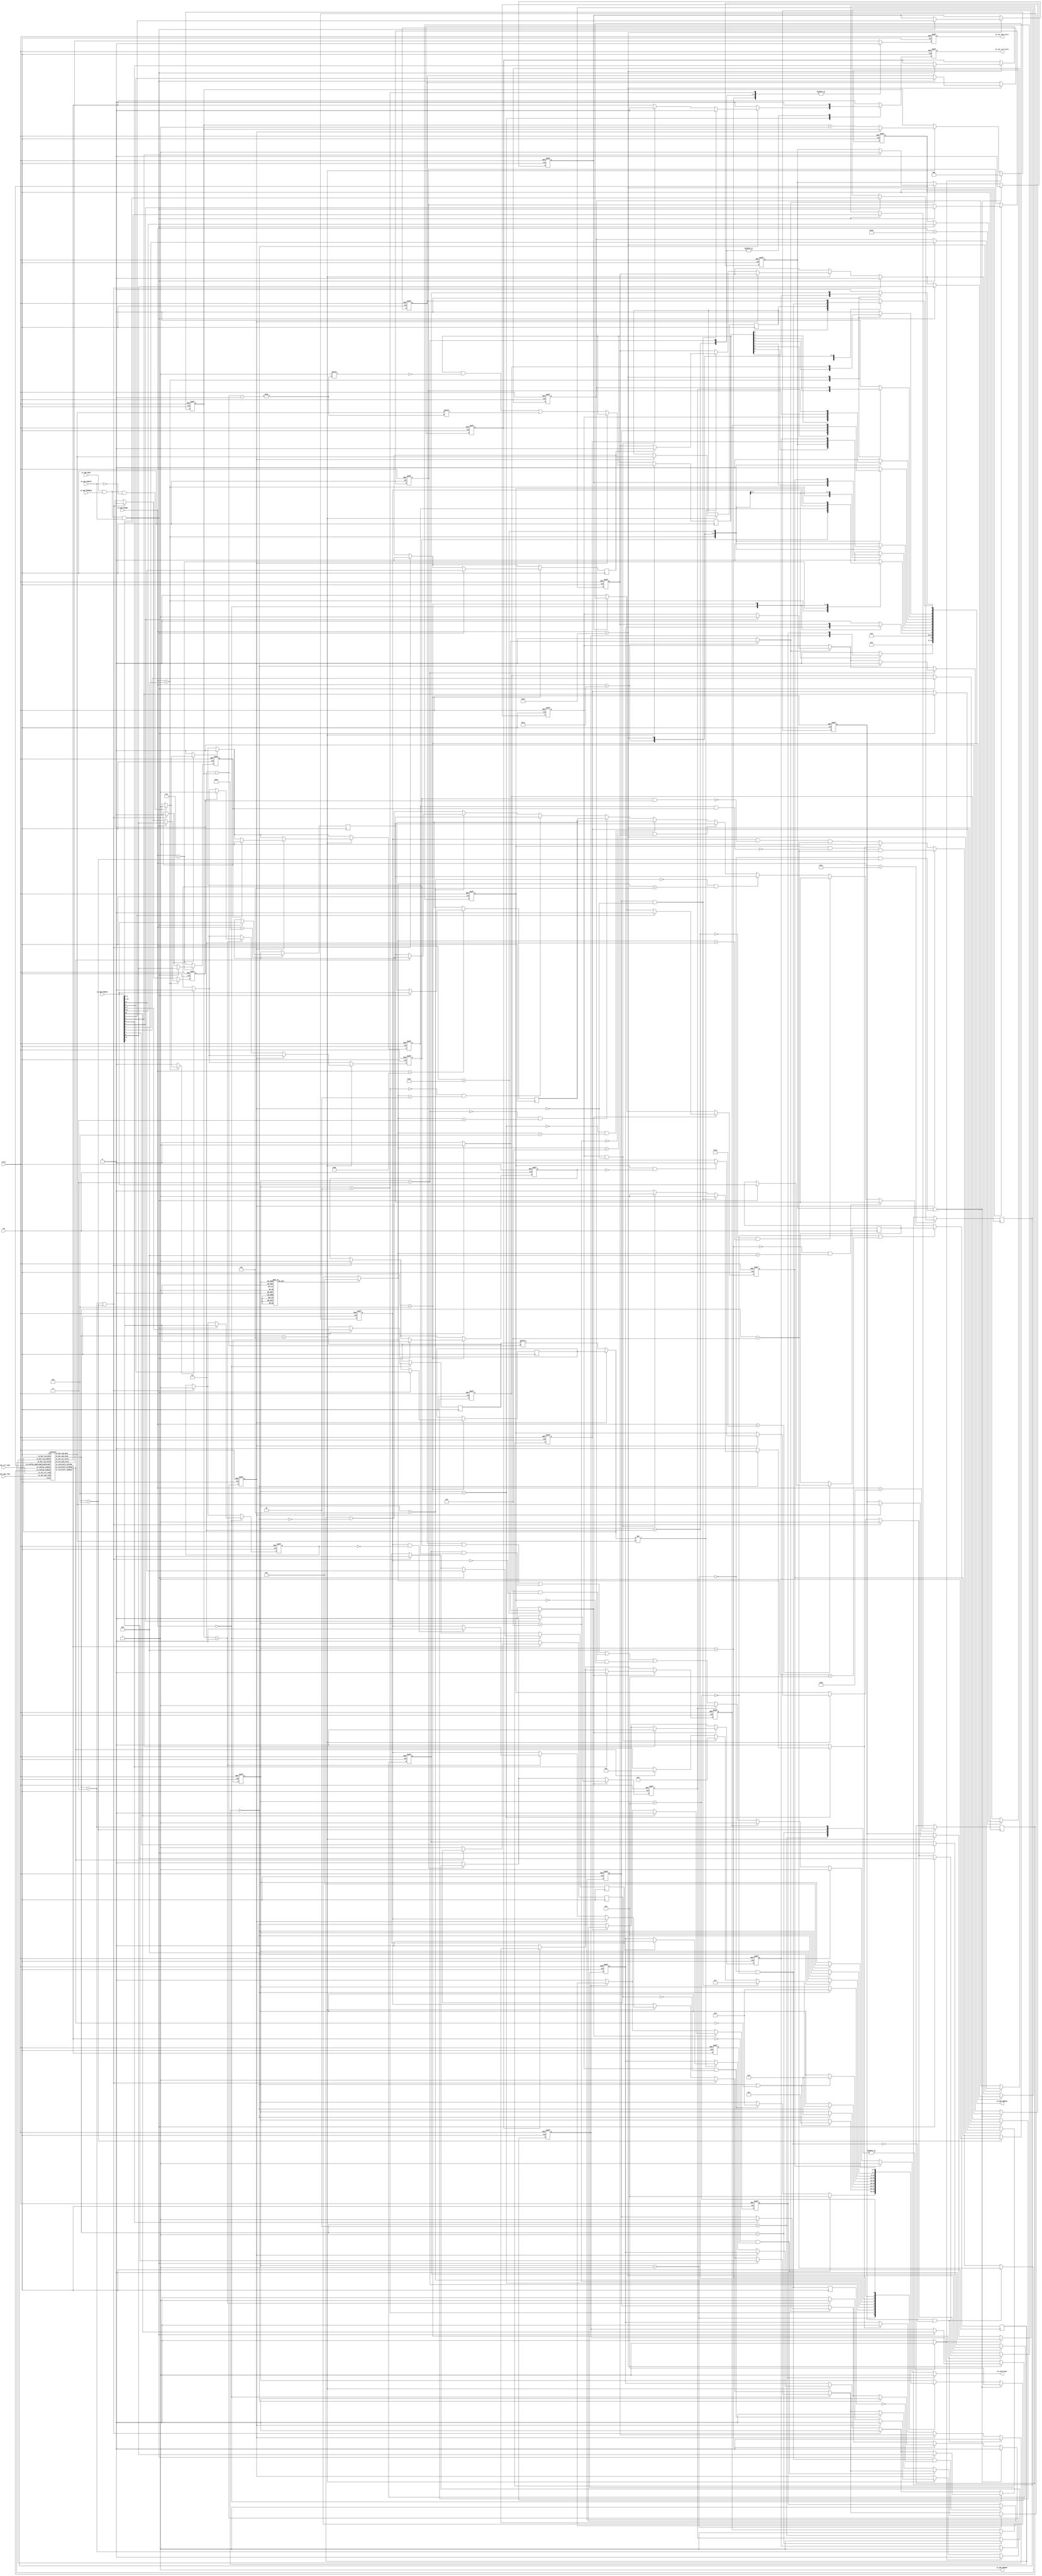
// Generator : SpinalHDL v1.4.3    git head : adf552d8f500e7419fff395b7049228e4bc5de26
// Component : Apb3I2cCtrl
// Git hash  : adf552d8f500e7419fff395b7049228e4bc5de26


`define I2cSlaveCmdMode_binary_sequential_type [2:0]
`define I2cSlaveCmdMode_binary_sequential_NONE 3'b000
`define I2cSlaveCmdMode_binary_sequential_START 3'b001
`define I2cSlaveCmdMode_binary_sequential_RESTART 3'b010
`define I2cSlaveCmdMode_binary_sequential_STOP 3'b011
`define I2cSlaveCmdMode_binary_sequential_DROP 3'b100
`define I2cSlaveCmdMode_binary_sequential_DRIVE 3'b101
`define I2cSlaveCmdMode_binary_sequential_READ 3'b110

`define bridge_masterLogic_fsm_enumDefinition_binary_sequential_type [3:0]
`define bridge_masterLogic_fsm_enumDefinition_binary_sequential_bridge_masterLogic_fsm_BOOT 4'b0000
`define bridge_masterLogic_fsm_enumDefinition_binary_sequential_bridge_masterLogic_fsm_IDLE 4'b0001
`define bridge_masterLogic_fsm_enumDefinition_binary_sequential_bridge_masterLogic_fsm_START1 4'b0010
`define bridge_masterLogic_fsm_enumDefinition_binary_sequential_bridge_masterLogic_fsm_START2 4'b0011
`define bridge_masterLogic_fsm_enumDefinition_binary_sequential_bridge_masterLogic_fsm_LOW 4'b0100
`define bridge_masterLogic_fsm_enumDefinition_binary_sequential_bridge_masterLogic_fsm_HIGH 4'b0101
`define bridge_masterLogic_fsm_enumDefinition_binary_sequential_bridge_masterLogic_fsm_RESTART 4'b0110
`define bridge_masterLogic_fsm_enumDefinition_binary_sequential_bridge_masterLogic_fsm_STOP1 4'b0111
`define bridge_masterLogic_fsm_enumDefinition_binary_sequential_bridge_masterLogic_fsm_STOP2 4'b1000
`define bridge_masterLogic_fsm_enumDefinition_binary_sequential_bridge_masterLogic_fsm_TBUF 4'b1001


module Apb3I2cCtrl (
  input      [7:0]    io_apb_PADDR,
  input      [0:0]    io_apb_PSEL,
  input               io_apb_PENABLE,
  output              io_apb_PREADY,
  input               io_apb_PWRITE,
  input      [31:0]   io_apb_PWDATA,
  output reg [31:0]   io_apb_PRDATA,
  output              io_i2c_sda_write,
  input               io_i2c_sda_read,
  output              io_i2c_scl_write,
  input               io_i2c_scl_read,
  output              io_interrupt,
  input               clk,
  input               reset
);
  reg                 _zz_14;
  reg                 _zz_15;
  reg                 _zz_16;
  wire                i2cCtrl_io_i2c_scl_write;
  wire                i2cCtrl_io_i2c_sda_write;
  wire       `I2cSlaveCmdMode_binary_sequential_type i2cCtrl_io_bus_cmd_kind;
  wire                i2cCtrl_io_bus_cmd_data;
  wire                i2cCtrl_io_internals_inFrame;
  wire                i2cCtrl_io_internals_sdaRead;
  wire                i2cCtrl_io_internals_sclRead;
  wire                _zz_17;
  wire                _zz_18;
  wire                _zz_19;
  wire                _zz_20;
  wire                _zz_21;
  wire                _zz_22;
  wire                _zz_23;
  wire                _zz_24;
  wire                _zz_25;
  wire       [0:0]    _zz_26;
  wire       [0:0]    _zz_27;
  wire       [0:0]    _zz_28;
  wire       [0:0]    _zz_29;
  wire       [0:0]    _zz_30;
  wire       [0:0]    _zz_31;
  wire       [0:0]    _zz_32;
  wire       [31:0]   _zz_33;
  wire       [2:0]    _zz_34;
  wire       [2:0]    _zz_35;
  wire       [0:0]    _zz_36;
  wire       [0:0]    _zz_37;
  wire       [0:0]    _zz_38;
  wire       [0:0]    _zz_39;
  wire       [0:0]    _zz_40;
  wire       [0:0]    _zz_41;
  wire       [0:0]    _zz_42;
  wire       [0:0]    _zz_43;
  wire       [0:0]    _zz_44;
  wire       [0:0]    _zz_45;
  wire       [0:0]    _zz_46;
  wire       [0:0]    _zz_47;
  wire       [0:0]    _zz_48;
  wire       [0:0]    _zz_49;
  wire       [0:0]    _zz_50;
  wire       [0:0]    _zz_51;
  wire       [0:0]    _zz_52;
  wire       [0:0]    _zz_53;
  wire       [0:0]    _zz_54;
  wire       [0:0]    _zz_55;
  wire       [0:0]    _zz_56;
  wire       [0:0]    _zz_57;
  wire       [0:0]    _zz_58;
  wire       [0:0]    _zz_59;
  wire       [0:0]    _zz_60;
  wire       [0:0]    _zz_61;
  wire       [0:0]    _zz_62;
  wire       [0:0]    _zz_63;
  wire       [0:0]    _zz_64;
  wire       [0:0]    _zz_65;
  wire                busCtrl_askWrite;
  wire                busCtrl_askRead;
  wire                busCtrl_doWrite;
  wire                busCtrl_doRead;
  reg                 bridge_frameReset;
  reg                 bridge_i2cBuffer_sda_write;
  wire                bridge_i2cBuffer_sda_read;
  reg                 bridge_i2cBuffer_scl_write;
  wire                bridge_i2cBuffer_scl_read;
  reg                 bridge_rxData_event;
  reg                 bridge_rxData_listen;
  reg                 bridge_rxData_valid;
  reg        [7:0]    bridge_rxData_value;
  reg                 _zz_1;
  reg                 bridge_rxAck_listen;
  reg                 bridge_rxAck_valid;
  reg                 bridge_rxAck_value;
  reg                 _zz_2;
  reg                 bridge_txData_valid;
  reg                 bridge_txData_repeat;
  reg                 bridge_txData_enable;
  reg        [7:0]    bridge_txData_value;
  reg                 bridge_txData_forceDisable;
  reg                 bridge_txData_disableOnDataConflict;
  reg                 bridge_txAck_valid;
  reg                 bridge_txAck_repeat;
  reg                 bridge_txAck_enable;
  reg                 bridge_txAck_value;
  wire                bridge_txAck_forceAck;
  reg                 bridge_txAck_disableOnDataConflict;
  reg                 bridge_masterLogic_start;
  reg                 _zz_3;
  reg                 bridge_masterLogic_stop;
  reg                 _zz_4;
  reg                 bridge_masterLogic_drop;
  reg                 _zz_5;
  reg        [31:0]   bridge_masterLogic_timer_value;
  reg        [31:0]   bridge_masterLogic_timer_tLow;
  reg        [31:0]   bridge_masterLogic_timer_tHigh;
  reg        [31:0]   bridge_masterLogic_timer_tBuf;
  wire                bridge_masterLogic_timer_done;
  wire                bridge_masterLogic_txReady;
  wire                bridge_masterLogic_fsm_wantExit;
  reg                 bridge_masterLogic_fsm_wantStart;
  reg                 bridge_masterLogic_fsm_inFrameLate;
  wire                bridge_masterLogic_fsm_isBusy;
  reg        [2:0]    bridge_dataCounter;
  reg                 bridge_inAckState;
  reg                 bridge_wasntAck;
  reg                 bridge_interruptCtrl_rxDataEnable;
  reg                 bridge_interruptCtrl_rxAckEnable;
  reg                 bridge_interruptCtrl_txDataEnable;
  reg                 bridge_interruptCtrl_txAckEnable;
  reg                 bridge_interruptCtrl_interrupt;
  reg                 bridge_interruptCtrl_start_enable;
  reg                 bridge_interruptCtrl_start_flag;
  reg                 _zz_6;
  reg                 bridge_interruptCtrl_restart_enable;
  reg                 bridge_interruptCtrl_restart_flag;
  reg                 _zz_7;
  reg                 bridge_interruptCtrl_end_enable;
  reg                 bridge_interruptCtrl_end_flag;
  reg                 _zz_8;
  reg                 bridge_interruptCtrl_drop_enable;
  reg                 bridge_interruptCtrl_drop_flag;
  reg                 _zz_9;
  reg                 bridge_masterLogic_fsm_isBusy_regNext;
  reg                 bridge_interruptCtrl_clockGen_enable;
  reg                 bridge_interruptCtrl_clockGen_flag;
  reg                 _zz_10;
  reg        [9:0]    _zz_11;
  reg        [19:0]   _zz_12 = 20'b00000000000000000000;
  reg        [5:0]    _zz_13 = 6'b000000;
  reg                 bridge_i2cBuffer_scl_write_regNext;
  reg                 bridge_i2cBuffer_sda_write_regNext;
  reg        `bridge_masterLogic_fsm_enumDefinition_binary_sequential_type bridge_masterLogic_fsm_stateReg;
  reg        `bridge_masterLogic_fsm_enumDefinition_binary_sequential_type bridge_masterLogic_fsm_stateNext;
  reg                 i2cCtrl_io_internals_inFrame_regNext;
  `ifndef SYNTHESIS
  reg [239:0] bridge_masterLogic_fsm_stateReg_string;
  reg [239:0] bridge_masterLogic_fsm_stateNext_string;
  `endif


  assign _zz_17 = (bridge_masterLogic_stop && (! bridge_inAckState));
  assign _zz_18 = (bridge_masterLogic_start && (! bridge_inAckState));
  assign _zz_19 = ((i2cCtrl_io_bus_cmd_kind == `I2cSlaveCmdMode_binary_sequential_STOP) || (i2cCtrl_io_bus_cmd_kind == `I2cSlaveCmdMode_binary_sequential_DROP));
  assign _zz_20 = (! bridge_inAckState);
  assign _zz_21 = (bridge_wasntAck && (! bridge_masterLogic_fsm_isBusy));
  assign _zz_22 = ((! i2cCtrl_io_internals_inFrame) && i2cCtrl_io_internals_inFrame_regNext);
  assign _zz_23 = (bridge_masterLogic_start && (! bridge_masterLogic_fsm_inFrameLate));
  assign _zz_24 = (bridge_masterLogic_drop || ((! (bridge_masterLogic_fsm_stateReg == `bridge_masterLogic_fsm_enumDefinition_binary_sequential_bridge_masterLogic_fsm_IDLE)) && (i2cCtrl_io_bus_cmd_kind == `I2cSlaveCmdMode_binary_sequential_DROP)));
  assign _zz_25 = (! bridge_inAckState);
  assign _zz_26 = io_apb_PWDATA[4 : 4];
  assign _zz_27 = 1'b1;
  assign _zz_28 = io_apb_PWDATA[5 : 5];
  assign _zz_29 = 1'b1;
  assign _zz_30 = io_apb_PWDATA[6 : 6];
  assign _zz_31 = 1'b1;
  assign _zz_32 = (! bridge_masterLogic_timer_done);
  assign _zz_33 = {31'd0, _zz_32};
  assign _zz_34 = (3'b111 - bridge_dataCounter);
  assign _zz_35 = (3'b111 - bridge_dataCounter);
  assign _zz_36 = io_apb_PWDATA[4 : 4];
  assign _zz_37 = 1'b0;
  assign _zz_38 = io_apb_PWDATA[5 : 5];
  assign _zz_39 = 1'b0;
  assign _zz_40 = io_apb_PWDATA[6 : 6];
  assign _zz_41 = 1'b0;
  assign _zz_42 = io_apb_PWDATA[7 : 7];
  assign _zz_43 = 1'b0;
  assign _zz_44 = io_apb_PWDATA[16 : 16];
  assign _zz_45 = 1'b0;
  assign _zz_46 = io_apb_PWDATA[9 : 9];
  assign _zz_47 = io_apb_PWDATA[9 : 9];
  assign _zz_48 = io_apb_PWDATA[10 : 10];
  assign _zz_49 = io_apb_PWDATA[11 : 11];
  assign _zz_50 = io_apb_PWDATA[8 : 8];
  assign _zz_51 = io_apb_PWDATA[9 : 9];
  assign _zz_52 = io_apb_PWDATA[0 : 0];
  assign _zz_53 = io_apb_PWDATA[10 : 10];
  assign _zz_54 = io_apb_PWDATA[11 : 11];
  assign _zz_55 = io_apb_PWDATA[8 : 8];
  assign _zz_56 = io_apb_PWDATA[9 : 9];
  assign _zz_57 = io_apb_PWDATA[0 : 0];
  assign _zz_58 = io_apb_PWDATA[1 : 1];
  assign _zz_59 = io_apb_PWDATA[2 : 2];
  assign _zz_60 = io_apb_PWDATA[3 : 3];
  assign _zz_61 = io_apb_PWDATA[4 : 4];
  assign _zz_62 = io_apb_PWDATA[5 : 5];
  assign _zz_63 = io_apb_PWDATA[6 : 6];
  assign _zz_64 = io_apb_PWDATA[7 : 7];
  assign _zz_65 = io_apb_PWDATA[16 : 16];
  I2cSlave i2cCtrl (
    .io_i2c_sda_write                  (i2cCtrl_io_i2c_sda_write      ), //o
    .io_i2c_sda_read                   (bridge_i2cBuffer_sda_read     ), //i
    .io_i2c_scl_write                  (i2cCtrl_io_i2c_scl_write      ), //o
    .io_i2c_scl_read                   (bridge_i2cBuffer_scl_read     ), //i
    .io_config_samplingClockDivider    (_zz_11[9:0]                   ), //i
    .io_config_timeout                 (_zz_12[19:0]                  ), //i
    .io_config_tsuData                 (_zz_13[5:0]                   ), //i
    .io_bus_cmd_kind                   (i2cCtrl_io_bus_cmd_kind[2:0]  ), //o
    .io_bus_cmd_data                   (i2cCtrl_io_bus_cmd_data       ), //o
    .io_bus_rsp_valid                  (_zz_14                        ), //i
    .io_bus_rsp_enable                 (_zz_15                        ), //i
    .io_bus_rsp_data                   (_zz_16                        ), //i
    .io_internals_inFrame              (i2cCtrl_io_internals_inFrame  ), //o
    .io_internals_sdaRead              (i2cCtrl_io_internals_sdaRead  ), //o
    .io_internals_sclRead              (i2cCtrl_io_internals_sclRead  ), //o
    .clk                               (clk                           ), //i
    .reset                             (reset                         )  //i
  );
  `ifndef SYNTHESIS
  always @(*) begin
    case(bridge_masterLogic_fsm_stateReg)
      `bridge_masterLogic_fsm_enumDefinition_binary_sequential_bridge_masterLogic_fsm_BOOT : bridge_masterLogic_fsm_stateReg_string = "bridge_masterLogic_fsm_BOOT   ";
      `bridge_masterLogic_fsm_enumDefinition_binary_sequential_bridge_masterLogic_fsm_IDLE : bridge_masterLogic_fsm_stateReg_string = "bridge_masterLogic_fsm_IDLE   ";
      `bridge_masterLogic_fsm_enumDefinition_binary_sequential_bridge_masterLogic_fsm_START1 : bridge_masterLogic_fsm_stateReg_string = "bridge_masterLogic_fsm_START1 ";
      `bridge_masterLogic_fsm_enumDefinition_binary_sequential_bridge_masterLogic_fsm_START2 : bridge_masterLogic_fsm_stateReg_string = "bridge_masterLogic_fsm_START2 ";
      `bridge_masterLogic_fsm_enumDefinition_binary_sequential_bridge_masterLogic_fsm_LOW : bridge_masterLogic_fsm_stateReg_string = "bridge_masterLogic_fsm_LOW    ";
      `bridge_masterLogic_fsm_enumDefinition_binary_sequential_bridge_masterLogic_fsm_HIGH : bridge_masterLogic_fsm_stateReg_string = "bridge_masterLogic_fsm_HIGH   ";
      `bridge_masterLogic_fsm_enumDefinition_binary_sequential_bridge_masterLogic_fsm_RESTART : bridge_masterLogic_fsm_stateReg_string = "bridge_masterLogic_fsm_RESTART";
      `bridge_masterLogic_fsm_enumDefinition_binary_sequential_bridge_masterLogic_fsm_STOP1 : bridge_masterLogic_fsm_stateReg_string = "bridge_masterLogic_fsm_STOP1  ";
      `bridge_masterLogic_fsm_enumDefinition_binary_sequential_bridge_masterLogic_fsm_STOP2 : bridge_masterLogic_fsm_stateReg_string = "bridge_masterLogic_fsm_STOP2  ";
      `bridge_masterLogic_fsm_enumDefinition_binary_sequential_bridge_masterLogic_fsm_TBUF : bridge_masterLogic_fsm_stateReg_string = "bridge_masterLogic_fsm_TBUF   ";
      default : bridge_masterLogic_fsm_stateReg_string = "??????????????????????????????";
    endcase
  end
  always @(*) begin
    case(bridge_masterLogic_fsm_stateNext)
      `bridge_masterLogic_fsm_enumDefinition_binary_sequential_bridge_masterLogic_fsm_BOOT : bridge_masterLogic_fsm_stateNext_string = "bridge_masterLogic_fsm_BOOT   ";
      `bridge_masterLogic_fsm_enumDefinition_binary_sequential_bridge_masterLogic_fsm_IDLE : bridge_masterLogic_fsm_stateNext_string = "bridge_masterLogic_fsm_IDLE   ";
      `bridge_masterLogic_fsm_enumDefinition_binary_sequential_bridge_masterLogic_fsm_START1 : bridge_masterLogic_fsm_stateNext_string = "bridge_masterLogic_fsm_START1 ";
      `bridge_masterLogic_fsm_enumDefinition_binary_sequential_bridge_masterLogic_fsm_START2 : bridge_masterLogic_fsm_stateNext_string = "bridge_masterLogic_fsm_START2 ";
      `bridge_masterLogic_fsm_enumDefinition_binary_sequential_bridge_masterLogic_fsm_LOW : bridge_masterLogic_fsm_stateNext_string = "bridge_masterLogic_fsm_LOW    ";
      `bridge_masterLogic_fsm_enumDefinition_binary_sequential_bridge_masterLogic_fsm_HIGH : bridge_masterLogic_fsm_stateNext_string = "bridge_masterLogic_fsm_HIGH   ";
      `bridge_masterLogic_fsm_enumDefinition_binary_sequential_bridge_masterLogic_fsm_RESTART : bridge_masterLogic_fsm_stateNext_string = "bridge_masterLogic_fsm_RESTART";
      `bridge_masterLogic_fsm_enumDefinition_binary_sequential_bridge_masterLogic_fsm_STOP1 : bridge_masterLogic_fsm_stateNext_string = "bridge_masterLogic_fsm_STOP1  ";
      `bridge_masterLogic_fsm_enumDefinition_binary_sequential_bridge_masterLogic_fsm_STOP2 : bridge_masterLogic_fsm_stateNext_string = "bridge_masterLogic_fsm_STOP2  ";
      `bridge_masterLogic_fsm_enumDefinition_binary_sequential_bridge_masterLogic_fsm_TBUF : bridge_masterLogic_fsm_stateNext_string = "bridge_masterLogic_fsm_TBUF   ";
      default : bridge_masterLogic_fsm_stateNext_string = "??????????????????????????????";
    endcase
  end
  `endif

  assign io_apb_PREADY = 1'b1;
  always @ (*) begin
    io_apb_PRDATA = 32'h0;
    case(io_apb_PADDR)
      8'h08 : begin
        io_apb_PRDATA[8 : 8] = bridge_rxData_valid;
        io_apb_PRDATA[7 : 0] = bridge_rxData_value;
      end
      8'h0c : begin
        io_apb_PRDATA[8 : 8] = bridge_rxAck_valid;
        io_apb_PRDATA[0 : 0] = bridge_rxAck_value;
      end
      8'h0 : begin
        io_apb_PRDATA[8 : 8] = bridge_txData_valid;
        io_apb_PRDATA[9 : 9] = bridge_txData_enable;
      end
      8'h04 : begin
        io_apb_PRDATA[8 : 8] = bridge_txAck_valid;
        io_apb_PRDATA[9 : 9] = bridge_txAck_enable;
      end
      8'h40 : begin
        io_apb_PRDATA[4 : 4] = bridge_masterLogic_start;
        io_apb_PRDATA[5 : 5] = bridge_masterLogic_stop;
        io_apb_PRDATA[6 : 6] = bridge_masterLogic_drop;
        io_apb_PRDATA[0 : 0] = bridge_masterLogic_fsm_isBusy;
      end
      8'h20 : begin
        io_apb_PRDATA[0 : 0] = bridge_interruptCtrl_rxDataEnable;
        io_apb_PRDATA[1 : 1] = bridge_interruptCtrl_rxAckEnable;
        io_apb_PRDATA[2 : 2] = bridge_interruptCtrl_txDataEnable;
        io_apb_PRDATA[3 : 3] = bridge_interruptCtrl_txAckEnable;
        io_apb_PRDATA[4 : 4] = bridge_interruptCtrl_start_enable;
        io_apb_PRDATA[5 : 5] = bridge_interruptCtrl_restart_enable;
        io_apb_PRDATA[6 : 6] = bridge_interruptCtrl_end_enable;
        io_apb_PRDATA[7 : 7] = bridge_interruptCtrl_drop_enable;
        io_apb_PRDATA[16 : 16] = bridge_interruptCtrl_clockGen_enable;
      end
      8'h24 : begin
        io_apb_PRDATA[4 : 4] = bridge_interruptCtrl_start_flag;
        io_apb_PRDATA[5 : 5] = bridge_interruptCtrl_restart_flag;
        io_apb_PRDATA[6 : 6] = bridge_interruptCtrl_end_flag;
        io_apb_PRDATA[7 : 7] = bridge_interruptCtrl_drop_flag;
        io_apb_PRDATA[16 : 16] = bridge_interruptCtrl_clockGen_flag;
      end
      default : begin
      end
    endcase
  end

  assign busCtrl_askWrite = ((io_apb_PSEL[0] && io_apb_PENABLE) && io_apb_PWRITE);
  assign busCtrl_askRead = ((io_apb_PSEL[0] && io_apb_PENABLE) && (! io_apb_PWRITE));
  assign busCtrl_doWrite = (((io_apb_PSEL[0] && io_apb_PENABLE) && io_apb_PREADY) && io_apb_PWRITE);
  assign busCtrl_doRead = (((io_apb_PSEL[0] && io_apb_PENABLE) && io_apb_PREADY) && (! io_apb_PWRITE));
  always @ (*) begin
    bridge_frameReset = 1'b0;
    case(i2cCtrl_io_bus_cmd_kind)
      `I2cSlaveCmdMode_binary_sequential_START : begin
        bridge_frameReset = 1'b1;
      end
      `I2cSlaveCmdMode_binary_sequential_RESTART : begin
        bridge_frameReset = 1'b1;
      end
      `I2cSlaveCmdMode_binary_sequential_STOP : begin
        bridge_frameReset = 1'b1;
      end
      `I2cSlaveCmdMode_binary_sequential_DROP : begin
        bridge_frameReset = 1'b1;
      end
      default : begin
      end
    endcase
  end

  always @ (*) begin
    bridge_i2cBuffer_sda_write = i2cCtrl_io_i2c_sda_write;
    case(bridge_masterLogic_fsm_stateReg)
      `bridge_masterLogic_fsm_enumDefinition_binary_sequential_bridge_masterLogic_fsm_IDLE : begin
      end
      `bridge_masterLogic_fsm_enumDefinition_binary_sequential_bridge_masterLogic_fsm_START1 : begin
        bridge_i2cBuffer_sda_write = 1'b0;
      end
      `bridge_masterLogic_fsm_enumDefinition_binary_sequential_bridge_masterLogic_fsm_START2 : begin
        bridge_i2cBuffer_sda_write = 1'b0;
      end
      `bridge_masterLogic_fsm_enumDefinition_binary_sequential_bridge_masterLogic_fsm_LOW : begin
      end
      `bridge_masterLogic_fsm_enumDefinition_binary_sequential_bridge_masterLogic_fsm_HIGH : begin
      end
      `bridge_masterLogic_fsm_enumDefinition_binary_sequential_bridge_masterLogic_fsm_RESTART : begin
      end
      `bridge_masterLogic_fsm_enumDefinition_binary_sequential_bridge_masterLogic_fsm_STOP1 : begin
        bridge_i2cBuffer_sda_write = 1'b0;
      end
      `bridge_masterLogic_fsm_enumDefinition_binary_sequential_bridge_masterLogic_fsm_STOP2 : begin
        bridge_i2cBuffer_sda_write = 1'b0;
      end
      `bridge_masterLogic_fsm_enumDefinition_binary_sequential_bridge_masterLogic_fsm_TBUF : begin
      end
      default : begin
      end
    endcase
  end

  always @ (*) begin
    bridge_i2cBuffer_scl_write = i2cCtrl_io_i2c_scl_write;
    case(bridge_masterLogic_fsm_stateReg)
      `bridge_masterLogic_fsm_enumDefinition_binary_sequential_bridge_masterLogic_fsm_IDLE : begin
      end
      `bridge_masterLogic_fsm_enumDefinition_binary_sequential_bridge_masterLogic_fsm_START1 : begin
      end
      `bridge_masterLogic_fsm_enumDefinition_binary_sequential_bridge_masterLogic_fsm_START2 : begin
        bridge_i2cBuffer_scl_write = 1'b0;
      end
      `bridge_masterLogic_fsm_enumDefinition_binary_sequential_bridge_masterLogic_fsm_LOW : begin
        if(bridge_masterLogic_timer_done)begin
          if(_zz_17)begin
            bridge_i2cBuffer_scl_write = 1'b0;
          end else begin
            if(_zz_18)begin
              bridge_i2cBuffer_scl_write = 1'b0;
            end
          end
        end else begin
          bridge_i2cBuffer_scl_write = 1'b0;
        end
      end
      `bridge_masterLogic_fsm_enumDefinition_binary_sequential_bridge_masterLogic_fsm_HIGH : begin
      end
      `bridge_masterLogic_fsm_enumDefinition_binary_sequential_bridge_masterLogic_fsm_RESTART : begin
      end
      `bridge_masterLogic_fsm_enumDefinition_binary_sequential_bridge_masterLogic_fsm_STOP1 : begin
        bridge_i2cBuffer_scl_write = 1'b0;
      end
      `bridge_masterLogic_fsm_enumDefinition_binary_sequential_bridge_masterLogic_fsm_STOP2 : begin
      end
      `bridge_masterLogic_fsm_enumDefinition_binary_sequential_bridge_masterLogic_fsm_TBUF : begin
      end
      default : begin
      end
    endcase
  end

  always @ (*) begin
    _zz_1 = 1'b0;
    case(io_apb_PADDR)
      8'h08 : begin
        if(busCtrl_doRead)begin
          _zz_1 = 1'b1;
        end
      end
      default : begin
      end
    endcase
  end

  always @ (*) begin
    _zz_2 = 1'b0;
    case(io_apb_PADDR)
      8'h0c : begin
        if(busCtrl_doRead)begin
          _zz_2 = 1'b1;
        end
      end
      default : begin
      end
    endcase
  end

  always @ (*) begin
    bridge_txData_forceDisable = 1'b0;
    if(_zz_19)begin
      bridge_txData_forceDisable = 1'b0;
    end
    case(bridge_masterLogic_fsm_stateReg)
      `bridge_masterLogic_fsm_enumDefinition_binary_sequential_bridge_masterLogic_fsm_IDLE : begin
      end
      `bridge_masterLogic_fsm_enumDefinition_binary_sequential_bridge_masterLogic_fsm_START1 : begin
      end
      `bridge_masterLogic_fsm_enumDefinition_binary_sequential_bridge_masterLogic_fsm_START2 : begin
      end
      `bridge_masterLogic_fsm_enumDefinition_binary_sequential_bridge_masterLogic_fsm_LOW : begin
        if(bridge_masterLogic_timer_done)begin
          if(_zz_17)begin
            bridge_txData_forceDisable = 1'b1;
          end else begin
            if(_zz_18)begin
              bridge_txData_forceDisable = 1'b1;
            end
          end
        end
      end
      `bridge_masterLogic_fsm_enumDefinition_binary_sequential_bridge_masterLogic_fsm_HIGH : begin
      end
      `bridge_masterLogic_fsm_enumDefinition_binary_sequential_bridge_masterLogic_fsm_RESTART : begin
      end
      `bridge_masterLogic_fsm_enumDefinition_binary_sequential_bridge_masterLogic_fsm_STOP1 : begin
      end
      `bridge_masterLogic_fsm_enumDefinition_binary_sequential_bridge_masterLogic_fsm_STOP2 : begin
      end
      `bridge_masterLogic_fsm_enumDefinition_binary_sequential_bridge_masterLogic_fsm_TBUF : begin
      end
      default : begin
      end
    endcase
  end

  assign bridge_txAck_forceAck = 1'b0;
  always @ (*) begin
    _zz_3 = 1'b0;
    case(io_apb_PADDR)
      8'h40 : begin
        if(busCtrl_doWrite)begin
          _zz_3 = 1'b1;
        end
      end
      default : begin
      end
    endcase
  end

  always @ (*) begin
    _zz_4 = 1'b0;
    case(io_apb_PADDR)
      8'h40 : begin
        if(busCtrl_doWrite)begin
          _zz_4 = 1'b1;
        end
      end
      default : begin
      end
    endcase
  end

  always @ (*) begin
    _zz_5 = 1'b0;
    case(io_apb_PADDR)
      8'h40 : begin
        if(busCtrl_doWrite)begin
          _zz_5 = 1'b1;
        end
      end
      default : begin
      end
    endcase
  end

  assign bridge_masterLogic_timer_done = (bridge_masterLogic_timer_value == 32'h0);
  assign bridge_masterLogic_fsm_wantExit = 1'b0;
  always @ (*) begin
    bridge_masterLogic_fsm_wantStart = 1'b0;
    case(bridge_masterLogic_fsm_stateReg)
      `bridge_masterLogic_fsm_enumDefinition_binary_sequential_bridge_masterLogic_fsm_IDLE : begin
      end
      `bridge_masterLogic_fsm_enumDefinition_binary_sequential_bridge_masterLogic_fsm_START1 : begin
      end
      `bridge_masterLogic_fsm_enumDefinition_binary_sequential_bridge_masterLogic_fsm_START2 : begin
      end
      `bridge_masterLogic_fsm_enumDefinition_binary_sequential_bridge_masterLogic_fsm_LOW : begin
      end
      `bridge_masterLogic_fsm_enumDefinition_binary_sequential_bridge_masterLogic_fsm_HIGH : begin
      end
      `bridge_masterLogic_fsm_enumDefinition_binary_sequential_bridge_masterLogic_fsm_RESTART : begin
      end
      `bridge_masterLogic_fsm_enumDefinition_binary_sequential_bridge_masterLogic_fsm_STOP1 : begin
      end
      `bridge_masterLogic_fsm_enumDefinition_binary_sequential_bridge_masterLogic_fsm_STOP2 : begin
      end
      `bridge_masterLogic_fsm_enumDefinition_binary_sequential_bridge_masterLogic_fsm_TBUF : begin
      end
      default : begin
        bridge_masterLogic_fsm_wantStart = 1'b1;
      end
    endcase
  end

  assign bridge_masterLogic_fsm_isBusy = ((! (bridge_masterLogic_fsm_stateReg == `bridge_masterLogic_fsm_enumDefinition_binary_sequential_bridge_masterLogic_fsm_IDLE)) && (! (bridge_masterLogic_fsm_stateReg == `bridge_masterLogic_fsm_enumDefinition_binary_sequential_bridge_masterLogic_fsm_TBUF)));
  assign bridge_masterLogic_txReady = (bridge_inAckState ? bridge_txAck_valid : bridge_txData_valid);
  always @ (*) begin
    if(_zz_20)begin
      _zz_14 = ((bridge_txData_valid && (! (bridge_rxData_valid && bridge_rxData_listen))) && (i2cCtrl_io_bus_cmd_kind == `I2cSlaveCmdMode_binary_sequential_DRIVE));
      if(bridge_txData_forceDisable)begin
        _zz_14 = 1'b1;
      end
    end else begin
      _zz_14 = ((bridge_txAck_valid && (! (bridge_rxAck_valid && bridge_rxAck_listen))) && (i2cCtrl_io_bus_cmd_kind == `I2cSlaveCmdMode_binary_sequential_DRIVE));
      if(bridge_txAck_forceAck)begin
        _zz_14 = 1'b1;
      end
    end
    if(_zz_21)begin
      _zz_14 = (i2cCtrl_io_bus_cmd_kind == `I2cSlaveCmdMode_binary_sequential_DRIVE);
    end
  end

  always @ (*) begin
    if(_zz_20)begin
      _zz_15 = bridge_txData_enable;
      if(bridge_txData_forceDisable)begin
        _zz_15 = 1'b0;
      end
    end else begin
      _zz_15 = bridge_txAck_enable;
      if(bridge_txAck_forceAck)begin
        _zz_15 = 1'b1;
      end
    end
    if(_zz_21)begin
      _zz_15 = 1'b0;
    end
  end

  always @ (*) begin
    if(_zz_20)begin
      _zz_16 = bridge_txData_value[_zz_34];
    end else begin
      _zz_16 = bridge_txAck_value;
      if(bridge_txAck_forceAck)begin
        _zz_16 = 1'b0;
      end
    end
  end

  always @ (*) begin
    bridge_interruptCtrl_interrupt = ((((bridge_interruptCtrl_rxDataEnable && bridge_rxData_valid) || (bridge_interruptCtrl_rxAckEnable && bridge_rxAck_valid)) || (bridge_interruptCtrl_txDataEnable && (! bridge_txData_valid))) || (bridge_interruptCtrl_txAckEnable && (! bridge_txAck_valid)));
    if(bridge_interruptCtrl_start_flag)begin
      bridge_interruptCtrl_interrupt = 1'b1;
    end
    if(bridge_interruptCtrl_restart_flag)begin
      bridge_interruptCtrl_interrupt = 1'b1;
    end
    if(bridge_interruptCtrl_end_flag)begin
      bridge_interruptCtrl_interrupt = 1'b1;
    end
    if(bridge_interruptCtrl_drop_flag)begin
      bridge_interruptCtrl_interrupt = 1'b1;
    end
    if(bridge_interruptCtrl_clockGen_flag)begin
      bridge_interruptCtrl_interrupt = 1'b1;
    end
  end

  always @ (*) begin
    _zz_6 = 1'b0;
    case(io_apb_PADDR)
      8'h24 : begin
        if(busCtrl_doWrite)begin
          _zz_6 = 1'b1;
        end
      end
      default : begin
      end
    endcase
  end

  always @ (*) begin
    _zz_7 = 1'b0;
    case(io_apb_PADDR)
      8'h24 : begin
        if(busCtrl_doWrite)begin
          _zz_7 = 1'b1;
        end
      end
      default : begin
      end
    endcase
  end

  always @ (*) begin
    _zz_8 = 1'b0;
    case(io_apb_PADDR)
      8'h24 : begin
        if(busCtrl_doWrite)begin
          _zz_8 = 1'b1;
        end
      end
      default : begin
      end
    endcase
  end

  always @ (*) begin
    _zz_9 = 1'b0;
    case(io_apb_PADDR)
      8'h24 : begin
        if(busCtrl_doWrite)begin
          _zz_9 = 1'b1;
        end
      end
      default : begin
      end
    endcase
  end

  always @ (*) begin
    _zz_10 = 1'b0;
    case(io_apb_PADDR)
      8'h24 : begin
        if(busCtrl_doWrite)begin
          _zz_10 = 1'b1;
        end
      end
      default : begin
      end
    endcase
  end

  assign io_i2c_scl_write = bridge_i2cBuffer_scl_write_regNext;
  assign io_i2c_sda_write = bridge_i2cBuffer_sda_write_regNext;
  assign bridge_i2cBuffer_scl_read = io_i2c_scl_read;
  assign bridge_i2cBuffer_sda_read = io_i2c_sda_read;
  assign io_interrupt = bridge_interruptCtrl_interrupt;
  always @ (*) begin
    bridge_masterLogic_fsm_stateNext = bridge_masterLogic_fsm_stateReg;
    case(bridge_masterLogic_fsm_stateReg)
      `bridge_masterLogic_fsm_enumDefinition_binary_sequential_bridge_masterLogic_fsm_IDLE : begin
        if(_zz_22)begin
          bridge_masterLogic_fsm_stateNext = `bridge_masterLogic_fsm_enumDefinition_binary_sequential_bridge_masterLogic_fsm_TBUF;
        end else begin
          if(_zz_23)begin
            bridge_masterLogic_fsm_stateNext = `bridge_masterLogic_fsm_enumDefinition_binary_sequential_bridge_masterLogic_fsm_START1;
          end
        end
      end
      `bridge_masterLogic_fsm_enumDefinition_binary_sequential_bridge_masterLogic_fsm_START1 : begin
        if((bridge_masterLogic_timer_done || (! i2cCtrl_io_internals_sclRead)))begin
          bridge_masterLogic_fsm_stateNext = `bridge_masterLogic_fsm_enumDefinition_binary_sequential_bridge_masterLogic_fsm_START2;
        end
      end
      `bridge_masterLogic_fsm_enumDefinition_binary_sequential_bridge_masterLogic_fsm_START2 : begin
        if(bridge_masterLogic_timer_done)begin
          bridge_masterLogic_fsm_stateNext = `bridge_masterLogic_fsm_enumDefinition_binary_sequential_bridge_masterLogic_fsm_LOW;
        end
      end
      `bridge_masterLogic_fsm_enumDefinition_binary_sequential_bridge_masterLogic_fsm_LOW : begin
        if(bridge_masterLogic_timer_done)begin
          if(_zz_17)begin
            bridge_masterLogic_fsm_stateNext = `bridge_masterLogic_fsm_enumDefinition_binary_sequential_bridge_masterLogic_fsm_STOP1;
          end else begin
            if(_zz_18)begin
              bridge_masterLogic_fsm_stateNext = `bridge_masterLogic_fsm_enumDefinition_binary_sequential_bridge_masterLogic_fsm_RESTART;
            end else begin
              if(i2cCtrl_io_internals_sclRead)begin
                bridge_masterLogic_fsm_stateNext = `bridge_masterLogic_fsm_enumDefinition_binary_sequential_bridge_masterLogic_fsm_HIGH;
              end
            end
          end
        end
      end
      `bridge_masterLogic_fsm_enumDefinition_binary_sequential_bridge_masterLogic_fsm_HIGH : begin
        if((bridge_masterLogic_timer_done || (! i2cCtrl_io_internals_sclRead)))begin
          bridge_masterLogic_fsm_stateNext = `bridge_masterLogic_fsm_enumDefinition_binary_sequential_bridge_masterLogic_fsm_LOW;
        end
      end
      `bridge_masterLogic_fsm_enumDefinition_binary_sequential_bridge_masterLogic_fsm_RESTART : begin
        if(bridge_masterLogic_timer_done)begin
          bridge_masterLogic_fsm_stateNext = `bridge_masterLogic_fsm_enumDefinition_binary_sequential_bridge_masterLogic_fsm_START1;
        end
      end
      `bridge_masterLogic_fsm_enumDefinition_binary_sequential_bridge_masterLogic_fsm_STOP1 : begin
        if(bridge_masterLogic_timer_done)begin
          bridge_masterLogic_fsm_stateNext = `bridge_masterLogic_fsm_enumDefinition_binary_sequential_bridge_masterLogic_fsm_STOP2;
        end
      end
      `bridge_masterLogic_fsm_enumDefinition_binary_sequential_bridge_masterLogic_fsm_STOP2 : begin
        if(bridge_masterLogic_timer_done)begin
          bridge_masterLogic_fsm_stateNext = `bridge_masterLogic_fsm_enumDefinition_binary_sequential_bridge_masterLogic_fsm_TBUF;
        end
      end
      `bridge_masterLogic_fsm_enumDefinition_binary_sequential_bridge_masterLogic_fsm_TBUF : begin
        if(bridge_masterLogic_timer_done)begin
          bridge_masterLogic_fsm_stateNext = `bridge_masterLogic_fsm_enumDefinition_binary_sequential_bridge_masterLogic_fsm_IDLE;
        end
      end
      default : begin
      end
    endcase
    if(_zz_24)begin
      bridge_masterLogic_fsm_stateNext = `bridge_masterLogic_fsm_enumDefinition_binary_sequential_bridge_masterLogic_fsm_TBUF;
    end
    if(bridge_masterLogic_fsm_wantStart)begin
      bridge_masterLogic_fsm_stateNext = `bridge_masterLogic_fsm_enumDefinition_binary_sequential_bridge_masterLogic_fsm_IDLE;
    end
  end

  always @ (posedge clk or posedge reset) begin
    if (reset) begin
      bridge_rxData_event <= 1'b0;
      bridge_rxData_listen <= 1'b0;
      bridge_rxData_valid <= 1'b0;
      bridge_rxAck_listen <= 1'b0;
      bridge_rxAck_valid <= 1'b0;
      bridge_txData_valid <= 1'b1;
      bridge_txData_repeat <= 1'b1;
      bridge_txData_enable <= 1'b0;
      bridge_txAck_valid <= 1'b1;
      bridge_txAck_repeat <= 1'b1;
      bridge_txAck_enable <= 1'b0;
      bridge_masterLogic_start <= 1'b0;
      bridge_masterLogic_stop <= 1'b0;
      bridge_masterLogic_drop <= 1'b0;
      bridge_dataCounter <= 3'b000;
      bridge_inAckState <= 1'b0;
      bridge_wasntAck <= 1'b0;
      bridge_interruptCtrl_rxDataEnable <= 1'b0;
      bridge_interruptCtrl_rxAckEnable <= 1'b0;
      bridge_interruptCtrl_txDataEnable <= 1'b0;
      bridge_interruptCtrl_txAckEnable <= 1'b0;
      bridge_interruptCtrl_start_enable <= 1'b0;
      bridge_interruptCtrl_start_flag <= 1'b0;
      bridge_interruptCtrl_restart_enable <= 1'b0;
      bridge_interruptCtrl_restart_flag <= 1'b0;
      bridge_interruptCtrl_end_enable <= 1'b0;
      bridge_interruptCtrl_end_flag <= 1'b0;
      bridge_interruptCtrl_drop_enable <= 1'b0;
      bridge_interruptCtrl_drop_flag <= 1'b0;
      bridge_interruptCtrl_clockGen_enable <= 1'b0;
      bridge_interruptCtrl_clockGen_flag <= 1'b0;
      _zz_11 <= 10'h0;
      bridge_i2cBuffer_scl_write_regNext <= 1'b1;
      bridge_i2cBuffer_sda_write_regNext <= 1'b1;
      bridge_masterLogic_fsm_stateReg <= `bridge_masterLogic_fsm_enumDefinition_binary_sequential_bridge_masterLogic_fsm_BOOT;
    end else begin
      bridge_rxData_event <= 1'b0;
      if(_zz_1)begin
        bridge_rxData_valid <= 1'b0;
      end
      if(_zz_2)begin
        bridge_rxAck_valid <= 1'b0;
      end
      if(_zz_3)begin
        if(_zz_26[0])begin
          bridge_masterLogic_start <= _zz_27[0];
        end
      end
      if(_zz_4)begin
        if(_zz_28[0])begin
          bridge_masterLogic_stop <= _zz_29[0];
        end
      end
      if(_zz_5)begin
        if(_zz_30[0])begin
          bridge_masterLogic_drop <= _zz_31[0];
        end
      end
      case(i2cCtrl_io_bus_cmd_kind)
        `I2cSlaveCmdMode_binary_sequential_READ : begin
          if(_zz_25)begin
            bridge_dataCounter <= (bridge_dataCounter + 3'b001);
            if((_zz_16 != i2cCtrl_io_bus_cmd_data))begin
              if(bridge_txData_disableOnDataConflict)begin
                bridge_txData_enable <= 1'b0;
              end
              if(bridge_txAck_disableOnDataConflict)begin
                bridge_txAck_enable <= 1'b0;
              end
            end
            if((bridge_dataCounter == 3'b111))begin
              if(bridge_rxData_listen)begin
                bridge_rxData_valid <= 1'b1;
              end
              bridge_rxData_event <= 1'b1;
              bridge_inAckState <= 1'b1;
              if((bridge_txData_valid && (! bridge_txData_repeat)))begin
                bridge_txData_valid <= 1'b0;
              end
            end
          end else begin
            if(bridge_rxAck_listen)begin
              bridge_rxAck_valid <= 1'b1;
            end
            bridge_inAckState <= 1'b0;
            bridge_wasntAck <= i2cCtrl_io_bus_cmd_data;
            if((bridge_txAck_valid && (! bridge_txAck_repeat)))begin
              bridge_txAck_valid <= 1'b0;
            end
          end
        end
        default : begin
        end
      endcase
      if(bridge_frameReset)begin
        bridge_inAckState <= 1'b0;
        bridge_dataCounter <= 3'b000;
        bridge_wasntAck <= 1'b0;
      end
      if(_zz_19)begin
        bridge_txData_valid <= 1'b1;
        bridge_txData_enable <= 1'b0;
        bridge_txData_repeat <= 1'b1;
        bridge_txAck_valid <= 1'b1;
        bridge_txAck_enable <= 1'b0;
        bridge_txAck_repeat <= 1'b1;
        bridge_rxData_listen <= 1'b0;
        bridge_rxAck_listen <= 1'b0;
      end
      if((i2cCtrl_io_bus_cmd_kind == `I2cSlaveCmdMode_binary_sequential_START))begin
        bridge_interruptCtrl_start_flag <= 1'b1;
      end
      if((! bridge_interruptCtrl_start_enable))begin
        bridge_interruptCtrl_start_flag <= 1'b0;
      end
      if(_zz_6)begin
        if(_zz_36[0])begin
          bridge_interruptCtrl_start_flag <= _zz_37[0];
        end
      end
      if((i2cCtrl_io_bus_cmd_kind == `I2cSlaveCmdMode_binary_sequential_RESTART))begin
        bridge_interruptCtrl_restart_flag <= 1'b1;
      end
      if((! bridge_interruptCtrl_restart_enable))begin
        bridge_interruptCtrl_restart_flag <= 1'b0;
      end
      if(_zz_7)begin
        if(_zz_38[0])begin
          bridge_interruptCtrl_restart_flag <= _zz_39[0];
        end
      end
      if((i2cCtrl_io_bus_cmd_kind == `I2cSlaveCmdMode_binary_sequential_STOP))begin
        bridge_interruptCtrl_end_flag <= 1'b1;
      end
      if((! bridge_interruptCtrl_end_enable))begin
        bridge_interruptCtrl_end_flag <= 1'b0;
      end
      if(_zz_8)begin
        if(_zz_40[0])begin
          bridge_interruptCtrl_end_flag <= _zz_41[0];
        end
      end
      if((i2cCtrl_io_bus_cmd_kind == `I2cSlaveCmdMode_binary_sequential_DROP))begin
        bridge_interruptCtrl_drop_flag <= 1'b1;
      end
      if((! bridge_interruptCtrl_drop_enable))begin
        bridge_interruptCtrl_drop_flag <= 1'b0;
      end
      if(_zz_9)begin
        if(_zz_42[0])begin
          bridge_interruptCtrl_drop_flag <= _zz_43[0];
        end
      end
      if((bridge_masterLogic_fsm_isBusy && (! bridge_masterLogic_fsm_isBusy_regNext)))begin
        bridge_interruptCtrl_clockGen_flag <= 1'b1;
      end
      if((! bridge_interruptCtrl_clockGen_enable))begin
        bridge_interruptCtrl_clockGen_flag <= 1'b0;
      end
      if(_zz_10)begin
        if(_zz_44[0])begin
          bridge_interruptCtrl_clockGen_flag <= _zz_45[0];
        end
      end
      bridge_i2cBuffer_scl_write_regNext <= bridge_i2cBuffer_scl_write;
      bridge_i2cBuffer_sda_write_regNext <= bridge_i2cBuffer_sda_write;
      case(io_apb_PADDR)
        8'h08 : begin
          if(busCtrl_doWrite)begin
            bridge_rxData_listen <= _zz_46[0];
          end
        end
        8'h0c : begin
          if(busCtrl_doWrite)begin
            bridge_rxAck_listen <= _zz_47[0];
          end
        end
        8'h0 : begin
          if(busCtrl_doWrite)begin
            bridge_txData_repeat <= _zz_48[0];
            bridge_txData_valid <= _zz_50[0];
            bridge_txData_enable <= _zz_51[0];
          end
        end
        8'h04 : begin
          if(busCtrl_doWrite)begin
            bridge_txAck_repeat <= _zz_53[0];
            bridge_txAck_valid <= _zz_55[0];
            bridge_txAck_enable <= _zz_56[0];
          end
        end
        8'h20 : begin
          if(busCtrl_doWrite)begin
            bridge_interruptCtrl_rxDataEnable <= _zz_57[0];
            bridge_interruptCtrl_rxAckEnable <= _zz_58[0];
            bridge_interruptCtrl_txDataEnable <= _zz_59[0];
            bridge_interruptCtrl_txAckEnable <= _zz_60[0];
            bridge_interruptCtrl_start_enable <= _zz_61[0];
            bridge_interruptCtrl_restart_enable <= _zz_62[0];
            bridge_interruptCtrl_end_enable <= _zz_63[0];
            bridge_interruptCtrl_drop_enable <= _zz_64[0];
            bridge_interruptCtrl_clockGen_enable <= _zz_65[0];
          end
        end
        8'h28 : begin
          if(busCtrl_doWrite)begin
            _zz_11 <= io_apb_PWDATA[9 : 0];
          end
        end
        default : begin
        end
      endcase
      bridge_masterLogic_fsm_stateReg <= bridge_masterLogic_fsm_stateNext;
      case(bridge_masterLogic_fsm_stateReg)
        `bridge_masterLogic_fsm_enumDefinition_binary_sequential_bridge_masterLogic_fsm_IDLE : begin
          if(! _zz_22) begin
            if(_zz_23)begin
              bridge_txData_valid <= 1'b0;
            end
          end
        end
        `bridge_masterLogic_fsm_enumDefinition_binary_sequential_bridge_masterLogic_fsm_START1 : begin
        end
        `bridge_masterLogic_fsm_enumDefinition_binary_sequential_bridge_masterLogic_fsm_START2 : begin
          if(bridge_masterLogic_timer_done)begin
            bridge_masterLogic_start <= 1'b0;
          end
        end
        `bridge_masterLogic_fsm_enumDefinition_binary_sequential_bridge_masterLogic_fsm_LOW : begin
        end
        `bridge_masterLogic_fsm_enumDefinition_binary_sequential_bridge_masterLogic_fsm_HIGH : begin
        end
        `bridge_masterLogic_fsm_enumDefinition_binary_sequential_bridge_masterLogic_fsm_RESTART : begin
        end
        `bridge_masterLogic_fsm_enumDefinition_binary_sequential_bridge_masterLogic_fsm_STOP1 : begin
        end
        `bridge_masterLogic_fsm_enumDefinition_binary_sequential_bridge_masterLogic_fsm_STOP2 : begin
          if(bridge_masterLogic_timer_done)begin
            bridge_masterLogic_stop <= 1'b0;
          end
        end
        `bridge_masterLogic_fsm_enumDefinition_binary_sequential_bridge_masterLogic_fsm_TBUF : begin
        end
        default : begin
        end
      endcase
      if(_zz_24)begin
        bridge_masterLogic_start <= 1'b0;
        bridge_masterLogic_stop <= 1'b0;
        bridge_masterLogic_drop <= 1'b0;
      end
    end
  end

  always @ (posedge clk) begin
    bridge_masterLogic_timer_value <= (bridge_masterLogic_timer_value - _zz_33);
    if((! i2cCtrl_io_internals_sclRead))begin
      bridge_masterLogic_fsm_inFrameLate <= 1'b1;
    end
    if((! i2cCtrl_io_internals_inFrame))begin
      bridge_masterLogic_fsm_inFrameLate <= 1'b0;
    end
    case(i2cCtrl_io_bus_cmd_kind)
      `I2cSlaveCmdMode_binary_sequential_READ : begin
        if(_zz_25)begin
          bridge_rxData_value[_zz_35] <= i2cCtrl_io_bus_cmd_data;
        end else begin
          bridge_rxAck_value <= i2cCtrl_io_bus_cmd_data;
        end
      end
      default : begin
      end
    endcase
    if(_zz_19)begin
      bridge_txData_disableOnDataConflict <= 1'b0;
      bridge_txAck_disableOnDataConflict <= 1'b0;
    end
    bridge_masterLogic_fsm_isBusy_regNext <= bridge_masterLogic_fsm_isBusy;
    case(io_apb_PADDR)
      8'h0 : begin
        if(busCtrl_doWrite)begin
          bridge_txData_value <= io_apb_PWDATA[7 : 0];
          bridge_txData_disableOnDataConflict <= _zz_49[0];
        end
      end
      8'h04 : begin
        if(busCtrl_doWrite)begin
          bridge_txAck_value <= _zz_52[0];
          bridge_txAck_disableOnDataConflict <= _zz_54[0];
        end
      end
      8'h50 : begin
        if(busCtrl_doWrite)begin
          bridge_masterLogic_timer_tLow <= io_apb_PWDATA[31 : 0];
        end
      end
      8'h54 : begin
        if(busCtrl_doWrite)begin
          bridge_masterLogic_timer_tHigh <= io_apb_PWDATA[31 : 0];
        end
      end
      8'h58 : begin
        if(busCtrl_doWrite)begin
          bridge_masterLogic_timer_tBuf <= io_apb_PWDATA[31 : 0];
        end
      end
      8'h2c : begin
        if(busCtrl_doWrite)begin
          _zz_12 <= io_apb_PWDATA[19 : 0];
        end
      end
      8'h30 : begin
        if(busCtrl_doWrite)begin
          _zz_13 <= io_apb_PWDATA[5 : 0];
        end
      end
      default : begin
      end
    endcase
    case(bridge_masterLogic_fsm_stateReg)
      `bridge_masterLogic_fsm_enumDefinition_binary_sequential_bridge_masterLogic_fsm_IDLE : begin
      end
      `bridge_masterLogic_fsm_enumDefinition_binary_sequential_bridge_masterLogic_fsm_START1 : begin
      end
      `bridge_masterLogic_fsm_enumDefinition_binary_sequential_bridge_masterLogic_fsm_START2 : begin
      end
      `bridge_masterLogic_fsm_enumDefinition_binary_sequential_bridge_masterLogic_fsm_LOW : begin
      end
      `bridge_masterLogic_fsm_enumDefinition_binary_sequential_bridge_masterLogic_fsm_HIGH : begin
      end
      `bridge_masterLogic_fsm_enumDefinition_binary_sequential_bridge_masterLogic_fsm_RESTART : begin
        if((! i2cCtrl_io_internals_sclRead))begin
          bridge_masterLogic_timer_value <= bridge_masterLogic_timer_tHigh;
        end
      end
      `bridge_masterLogic_fsm_enumDefinition_binary_sequential_bridge_masterLogic_fsm_STOP1 : begin
      end
      `bridge_masterLogic_fsm_enumDefinition_binary_sequential_bridge_masterLogic_fsm_STOP2 : begin
      end
      `bridge_masterLogic_fsm_enumDefinition_binary_sequential_bridge_masterLogic_fsm_TBUF : begin
      end
      default : begin
      end
    endcase
    if(((! (bridge_masterLogic_fsm_stateReg == `bridge_masterLogic_fsm_enumDefinition_binary_sequential_bridge_masterLogic_fsm_START1)) && (bridge_masterLogic_fsm_stateNext == `bridge_masterLogic_fsm_enumDefinition_binary_sequential_bridge_masterLogic_fsm_START1)))begin
      bridge_masterLogic_timer_value <= bridge_masterLogic_timer_tHigh;
    end
    if(((! (bridge_masterLogic_fsm_stateReg == `bridge_masterLogic_fsm_enumDefinition_binary_sequential_bridge_masterLogic_fsm_START2)) && (bridge_masterLogic_fsm_stateNext == `bridge_masterLogic_fsm_enumDefinition_binary_sequential_bridge_masterLogic_fsm_START2)))begin
      bridge_masterLogic_timer_value <= bridge_masterLogic_timer_tLow;
    end
    if(((! (bridge_masterLogic_fsm_stateReg == `bridge_masterLogic_fsm_enumDefinition_binary_sequential_bridge_masterLogic_fsm_LOW)) && (bridge_masterLogic_fsm_stateNext == `bridge_masterLogic_fsm_enumDefinition_binary_sequential_bridge_masterLogic_fsm_LOW)))begin
      bridge_masterLogic_timer_value <= bridge_masterLogic_timer_tLow;
    end
    if(((! (bridge_masterLogic_fsm_stateReg == `bridge_masterLogic_fsm_enumDefinition_binary_sequential_bridge_masterLogic_fsm_HIGH)) && (bridge_masterLogic_fsm_stateNext == `bridge_masterLogic_fsm_enumDefinition_binary_sequential_bridge_masterLogic_fsm_HIGH)))begin
      bridge_masterLogic_timer_value <= bridge_masterLogic_timer_tHigh;
    end
    if(((! (bridge_masterLogic_fsm_stateReg == `bridge_masterLogic_fsm_enumDefinition_binary_sequential_bridge_masterLogic_fsm_RESTART)) && (bridge_masterLogic_fsm_stateNext == `bridge_masterLogic_fsm_enumDefinition_binary_sequential_bridge_masterLogic_fsm_RESTART)))begin
      bridge_masterLogic_timer_value <= bridge_masterLogic_timer_tHigh;
    end
    if(((! (bridge_masterLogic_fsm_stateReg == `bridge_masterLogic_fsm_enumDefinition_binary_sequential_bridge_masterLogic_fsm_STOP1)) && (bridge_masterLogic_fsm_stateNext == `bridge_masterLogic_fsm_enumDefinition_binary_sequential_bridge_masterLogic_fsm_STOP1)))begin
      bridge_masterLogic_timer_value <= bridge_masterLogic_timer_tHigh;
    end
    if(((! (bridge_masterLogic_fsm_stateReg == `bridge_masterLogic_fsm_enumDefinition_binary_sequential_bridge_masterLogic_fsm_STOP2)) && (bridge_masterLogic_fsm_stateNext == `bridge_masterLogic_fsm_enumDefinition_binary_sequential_bridge_masterLogic_fsm_STOP2)))begin
      bridge_masterLogic_timer_value <= bridge_masterLogic_timer_tHigh;
    end
    if(((! (bridge_masterLogic_fsm_stateReg == `bridge_masterLogic_fsm_enumDefinition_binary_sequential_bridge_masterLogic_fsm_TBUF)) && (bridge_masterLogic_fsm_stateNext == `bridge_masterLogic_fsm_enumDefinition_binary_sequential_bridge_masterLogic_fsm_TBUF)))begin
      bridge_masterLogic_timer_value <= bridge_masterLogic_timer_tBuf;
    end
  end

  always @ (posedge clk or posedge reset) begin
    if (reset) begin
      i2cCtrl_io_internals_inFrame_regNext <= 1'b0;
    end else begin
      i2cCtrl_io_internals_inFrame_regNext <= i2cCtrl_io_internals_inFrame;
    end
  end


endmodule

module I2cSlave (
  output              io_i2c_sda_write,
  input               io_i2c_sda_read,
  output              io_i2c_scl_write,
  input               io_i2c_scl_read,
  input      [9:0]    io_config_samplingClockDivider,
  input      [19:0]   io_config_timeout,
  input      [5:0]    io_config_tsuData,
  output reg `I2cSlaveCmdMode_binary_sequential_type io_bus_cmd_kind,
  output              io_bus_cmd_data,
  input               io_bus_rsp_valid,
  input               io_bus_rsp_enable,
  input               io_bus_rsp_data,
  output              io_internals_inFrame,
  output              io_internals_sdaRead,
  output              io_internals_sclRead,
  input               clk,
  input               reset
);
  wire                io_i2c_scl_read_buffercc_io_dataOut;
  wire                io_i2c_sda_read_buffercc_io_dataOut;
  wire                _zz_7;
  wire                _zz_8;
  reg        [9:0]    filter_timer_counter;
  wire                filter_timer_tick;
  wire                filter_sampler_sclSync;
  wire                filter_sampler_sdaSync;
  wire                filter_sampler_sclSamples_0;
  wire                filter_sampler_sclSamples_1;
  wire                filter_sampler_sclSamples_2;
  wire                _zz_1;
  reg                 _zz_2;
  reg                 _zz_3;
  wire                filter_sampler_sdaSamples_0;
  wire                filter_sampler_sdaSamples_1;
  wire                filter_sampler_sdaSamples_2;
  wire                _zz_4;
  reg                 _zz_5;
  reg                 _zz_6;
  reg                 filter_sda;
  reg                 filter_scl;
  wire                sclEdge_rise;
  wire                sclEdge_fall;
  wire                sclEdge_toggle;
  reg                 filter_scl_regNext;
  wire                sdaEdge_rise;
  wire                sdaEdge_fall;
  wire                sdaEdge_toggle;
  reg                 filter_sda_regNext;
  wire                detector_start;
  wire                detector_stop;
  reg        [5:0]    tsuData_counter;
  wire                tsuData_done;
  reg                 tsuData_reset;
  reg                 ctrl_inFrame;
  reg                 ctrl_inFrameData;
  reg                 ctrl_sdaWrite;
  reg                 ctrl_sclWrite;
  wire                ctrl_rspBufferIn_valid;
  wire                ctrl_rspBufferIn_ready;
  wire                ctrl_rspBufferIn_payload_enable;
  wire                ctrl_rspBufferIn_payload_data;
  wire                ctrl_rspBuffer_valid;
  reg                 ctrl_rspBuffer_ready;
  wire                ctrl_rspBuffer_payload_enable;
  wire                ctrl_rspBuffer_payload_data;
  reg                 ctrl_rspBufferIn_m2sPipe_rValid;
  reg                 ctrl_rspBufferIn_m2sPipe_rData_enable;
  reg                 ctrl_rspBufferIn_m2sPipe_rData_data;
  wire                ctrl_rspAhead_valid;
  wire                ctrl_rspAhead_payload_enable;
  wire                ctrl_rspAhead_payload_data;
  reg        [19:0]   timeout_counter;
  reg                 timeout_tick;
  `ifndef SYNTHESIS
  reg [55:0] io_bus_cmd_kind_string;
  `endif


  assign _zz_7 = (detector_stop || timeout_tick);
  assign _zz_8 = (sclEdge_toggle || (! ctrl_inFrame));
  BufferCC io_i2c_scl_read_buffercc (
    .io_dataIn     (io_i2c_scl_read                      ), //i
    .io_dataOut    (io_i2c_scl_read_buffercc_io_dataOut  ), //o
    .clk           (clk                                  ), //i
    .reset         (reset                                )  //i
  );
  BufferCC io_i2c_sda_read_buffercc (
    .io_dataIn     (io_i2c_sda_read                      ), //i
    .io_dataOut    (io_i2c_sda_read_buffercc_io_dataOut  ), //o
    .clk           (clk                                  ), //i
    .reset         (reset                                )  //i
  );
  `ifndef SYNTHESIS
  always @(*) begin
    case(io_bus_cmd_kind)
      `I2cSlaveCmdMode_binary_sequential_NONE : io_bus_cmd_kind_string = "NONE   ";
      `I2cSlaveCmdMode_binary_sequential_START : io_bus_cmd_kind_string = "START  ";
      `I2cSlaveCmdMode_binary_sequential_RESTART : io_bus_cmd_kind_string = "RESTART";
      `I2cSlaveCmdMode_binary_sequential_STOP : io_bus_cmd_kind_string = "STOP   ";
      `I2cSlaveCmdMode_binary_sequential_DROP : io_bus_cmd_kind_string = "DROP   ";
      `I2cSlaveCmdMode_binary_sequential_DRIVE : io_bus_cmd_kind_string = "DRIVE  ";
      `I2cSlaveCmdMode_binary_sequential_READ : io_bus_cmd_kind_string = "READ   ";
      default : io_bus_cmd_kind_string = "???????";
    endcase
  end
  `endif

  assign filter_timer_tick = (filter_timer_counter == 10'h0);
  assign filter_sampler_sclSync = io_i2c_scl_read_buffercc_io_dataOut;
  assign filter_sampler_sdaSync = io_i2c_sda_read_buffercc_io_dataOut;
  assign _zz_1 = filter_sampler_sclSync;
  assign filter_sampler_sclSamples_0 = _zz_1;
  assign filter_sampler_sclSamples_1 = _zz_2;
  assign filter_sampler_sclSamples_2 = _zz_3;
  assign _zz_4 = filter_sampler_sdaSync;
  assign filter_sampler_sdaSamples_0 = _zz_4;
  assign filter_sampler_sdaSamples_1 = _zz_5;
  assign filter_sampler_sdaSamples_2 = _zz_6;
  assign sclEdge_rise = ((! filter_scl_regNext) && filter_scl);
  assign sclEdge_fall = (filter_scl_regNext && (! filter_scl));
  assign sclEdge_toggle = (filter_scl_regNext != filter_scl);
  assign sdaEdge_rise = ((! filter_sda_regNext) && filter_sda);
  assign sdaEdge_fall = (filter_sda_regNext && (! filter_sda));
  assign sdaEdge_toggle = (filter_sda_regNext != filter_sda);
  assign detector_start = (filter_scl && sdaEdge_fall);
  assign detector_stop = (filter_scl && sdaEdge_rise);
  assign tsuData_done = (tsuData_counter == 6'h0);
  always @ (*) begin
    tsuData_reset = 1'b0;
    if(ctrl_inFrameData)begin
      tsuData_reset = (! ctrl_rspAhead_valid);
    end
  end

  always @ (*) begin
    ctrl_sdaWrite = 1'b1;
    if(ctrl_inFrameData)begin
      if((ctrl_rspAhead_valid && ctrl_rspAhead_payload_enable))begin
        ctrl_sdaWrite = ctrl_rspAhead_payload_data;
      end
    end
  end

  always @ (*) begin
    ctrl_sclWrite = 1'b1;
    if(ctrl_inFrameData)begin
      if(((! ctrl_rspAhead_valid) || (ctrl_rspAhead_payload_enable && (! tsuData_done))))begin
        ctrl_sclWrite = 1'b0;
      end
    end
  end

  assign ctrl_rspBufferIn_ready = ((1'b1 && (! ctrl_rspBuffer_valid)) || ctrl_rspBuffer_ready);
  assign ctrl_rspBuffer_valid = ctrl_rspBufferIn_m2sPipe_rValid;
  assign ctrl_rspBuffer_payload_enable = ctrl_rspBufferIn_m2sPipe_rData_enable;
  assign ctrl_rspBuffer_payload_data = ctrl_rspBufferIn_m2sPipe_rData_data;
  assign ctrl_rspAhead_valid = (ctrl_rspBuffer_valid ? ctrl_rspBuffer_valid : ctrl_rspBufferIn_valid);
  assign ctrl_rspAhead_payload_enable = (ctrl_rspBuffer_valid ? ctrl_rspBuffer_payload_enable : ctrl_rspBufferIn_payload_enable);
  assign ctrl_rspAhead_payload_data = (ctrl_rspBuffer_valid ? ctrl_rspBuffer_payload_data : ctrl_rspBufferIn_payload_data);
  assign ctrl_rspBufferIn_valid = io_bus_rsp_valid;
  assign ctrl_rspBufferIn_payload_enable = io_bus_rsp_enable;
  assign ctrl_rspBufferIn_payload_data = io_bus_rsp_data;
  always @ (*) begin
    ctrl_rspBuffer_ready = 1'b0;
    if(ctrl_inFrame)begin
      if(sclEdge_fall)begin
        ctrl_rspBuffer_ready = 1'b1;
      end
    end
  end

  always @ (*) begin
    io_bus_cmd_kind = `I2cSlaveCmdMode_binary_sequential_NONE;
    if(ctrl_inFrame)begin
      if(sclEdge_rise)begin
        io_bus_cmd_kind = `I2cSlaveCmdMode_binary_sequential_READ;
      end
    end
    if(ctrl_inFrameData)begin
      if(((! ctrl_rspBuffer_valid) || ctrl_rspBuffer_ready))begin
        io_bus_cmd_kind = `I2cSlaveCmdMode_binary_sequential_DRIVE;
      end
    end
    if(detector_start)begin
      io_bus_cmd_kind = (ctrl_inFrame ? `I2cSlaveCmdMode_binary_sequential_RESTART : `I2cSlaveCmdMode_binary_sequential_START);
    end
    if(_zz_7)begin
      if(ctrl_inFrame)begin
        io_bus_cmd_kind = (timeout_tick ? `I2cSlaveCmdMode_binary_sequential_DROP : `I2cSlaveCmdMode_binary_sequential_STOP);
      end
    end
  end

  assign io_bus_cmd_data = filter_sda;
  always @ (*) begin
    timeout_tick = (timeout_counter == 20'h0);
    if(_zz_8)begin
      timeout_tick = 1'b0;
    end
  end

  assign io_internals_inFrame = ctrl_inFrame;
  assign io_internals_sdaRead = filter_sda;
  assign io_internals_sclRead = filter_scl;
  assign io_i2c_scl_write = ctrl_sclWrite;
  assign io_i2c_sda_write = ctrl_sdaWrite;
  always @ (posedge clk or posedge reset) begin
    if (reset) begin
      filter_timer_counter <= 10'h0;
      _zz_2 <= 1'b1;
      _zz_3 <= 1'b1;
      _zz_5 <= 1'b1;
      _zz_6 <= 1'b1;
      filter_sda <= 1'b1;
      filter_scl <= 1'b1;
      filter_scl_regNext <= 1'b1;
      filter_sda_regNext <= 1'b1;
      tsuData_counter <= 6'h0;
      ctrl_inFrame <= 1'b0;
      ctrl_inFrameData <= 1'b0;
      ctrl_rspBufferIn_m2sPipe_rValid <= 1'b0;
      timeout_counter <= 20'h0;
    end else begin
      filter_timer_counter <= (filter_timer_counter - 10'h001);
      if(filter_timer_tick)begin
        filter_timer_counter <= io_config_samplingClockDivider;
      end
      if(filter_timer_tick)begin
        _zz_2 <= _zz_1;
      end
      if(filter_timer_tick)begin
        _zz_3 <= _zz_2;
      end
      if(filter_timer_tick)begin
        _zz_5 <= _zz_4;
      end
      if(filter_timer_tick)begin
        _zz_6 <= _zz_5;
      end
      if(filter_timer_tick)begin
        if((((filter_sampler_sdaSamples_0 != filter_sda) && (filter_sampler_sdaSamples_1 != filter_sda)) && (filter_sampler_sdaSamples_2 != filter_sda)))begin
          filter_sda <= filter_sampler_sdaSamples_2;
        end
        if((((filter_sampler_sclSamples_0 != filter_scl) && (filter_sampler_sclSamples_1 != filter_scl)) && (filter_sampler_sclSamples_2 != filter_scl)))begin
          filter_scl <= filter_sampler_sclSamples_2;
        end
      end
      filter_scl_regNext <= filter_scl;
      filter_sda_regNext <= filter_sda;
      if((! tsuData_done))begin
        tsuData_counter <= (tsuData_counter - 6'h01);
      end
      if(tsuData_reset)begin
        tsuData_counter <= io_config_tsuData;
      end
      if(ctrl_rspBufferIn_ready)begin
        ctrl_rspBufferIn_m2sPipe_rValid <= ctrl_rspBufferIn_valid;
      end
      if(ctrl_inFrame)begin
        if(sclEdge_fall)begin
          ctrl_inFrameData <= 1'b1;
        end
      end
      if(detector_start)begin
        ctrl_inFrame <= 1'b1;
        ctrl_inFrameData <= 1'b0;
      end
      timeout_counter <= (timeout_counter - 20'h00001);
      if(_zz_8)begin
        timeout_counter <= io_config_timeout;
      end
      if(_zz_7)begin
        ctrl_inFrame <= 1'b0;
        ctrl_inFrameData <= 1'b0;
      end
    end
  end

  always @ (posedge clk) begin
    if(ctrl_rspBufferIn_ready)begin
      ctrl_rspBufferIn_m2sPipe_rData_enable <= ctrl_rspBufferIn_payload_enable;
      ctrl_rspBufferIn_m2sPipe_rData_data <= ctrl_rspBufferIn_payload_data;
    end
  end


endmodule

//BufferCC replaced by BufferCC

module BufferCC (
  input               io_dataIn,
  output              io_dataOut,
  input               clk,
  input               reset
);
  (* async_reg = "true" *) reg                 buffers_0;
  (* async_reg = "true" *) reg                 buffers_1;

  assign io_dataOut = buffers_1;
  always @ (posedge clk or posedge reset) begin
    if (reset) begin
      buffers_0 <= 1'b1;
      buffers_1 <= 1'b1;
    end else begin
      buffers_0 <= io_dataIn;
      buffers_1 <= buffers_0;
    end
  end


endmodule